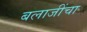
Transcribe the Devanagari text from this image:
बलाजींचा